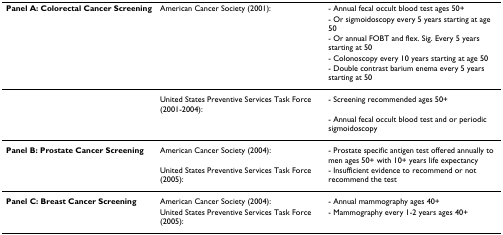
<table><thead><tr><td><b>Panel A: Colorectal Cancer Screening</b></td><td><b>American Cancer Society (2001):</b></td><td><b>- Annual fecal occult blood test ages 50+</b></td></tr><tr><td></td><td></td><td><b>- Or sigmoidoscopy every 5 years starting at age 50</b></td></tr><tr><td></td><td></td><td><b>- Or annual FOBT and flex. Sig. Every 5 years starting at 50</b></td></tr><tr><td></td><td></td><td><b>- Colonoscopy every 10 years starting at age 50</b></td></tr><tr><td></td><td></td><td><b>- Double contrast barium enema every 5 years starting at 50</b></td></tr></thead><tbody><tr><td></td><td>United States Preventive Services Task Force (2001-2004):</td><td>- Screening recommended ages 50+</td></tr><tr><td></td><td></td><td>- Annual fecal occult blood test and or periodic sigmoidoscopy</td></tr><tr><td><b>Panel B: Prostate Cancer Screening</b></td><td>American Cancer Society (2004):</td><td>- Prostate specific antigen test offered annually to men ages 50+ with 10+ years life expectancy</td></tr><tr><td></td><td>United States Preventive Services Task Force (2005):</td><td>- Insufficient evidence to recommend or not recommend the test</td></tr><tr><td><b>Panel C: Breast Cancer Screening</b></td><td>American Cancer Society (2004):</td><td>- Annual mammography ages 40+</td></tr><tr><td></td><td>United States Preventive Services Task Force (2005):</td><td>- Mammography every 1-2 years ages 40+</td></tr></tbody></table>